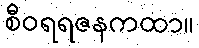
စီဝရရဇနကထာ။